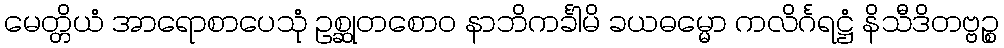
မေတ္တိယံ အာရောစာပေသုံ ဥစ္ဆုတစောဝ နာဘိကင်္ခါမိ ခယဓမ္မော ကလိင်္ဂရဋ္ဌံ နိသီဒိတဗ္ဗဉ္စ